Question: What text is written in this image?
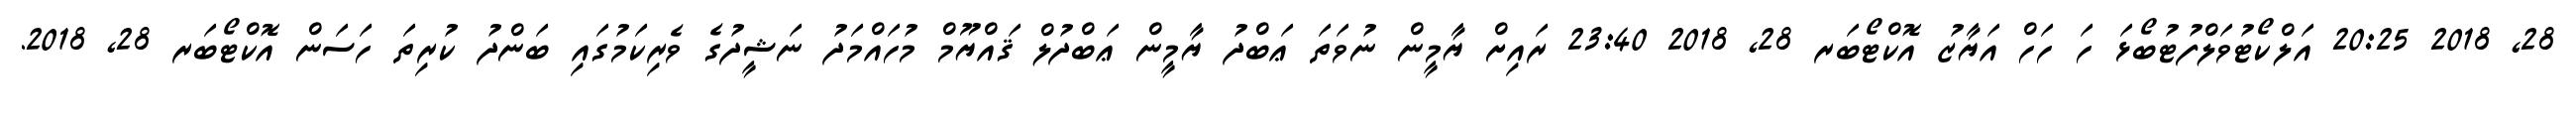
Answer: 28, 2018 20:25 އަލްކޯޓުވަލްފުޓުބޯޅަ ހަ ހަހް އަޔާޒު އޮކްޓޯބަރ 28, 2018 23:40 ރައިށް ޔާމީން ނުވަތަ ޢަބްދު ޔާމީން ޢަބްދުލް ޤައްޔޫމް މުހައްމަދު ނަޝީދުގެ ވެރިކަމުގައި ބަންދު ކުރިތަ ހަސަން އޮކްޓޯބަރ 28, 2018.